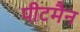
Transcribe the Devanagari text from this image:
पीटमैन